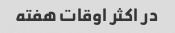
در اکثر اوقات هفته